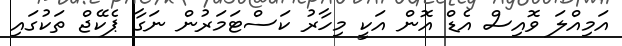
އަމިއްލަ ވޮއިސް އެޑް އޮން އަކީ މިހާރު ކަސްޓަމަރުން ނަގާ ޕެކޭޖް ތަކުގައި